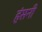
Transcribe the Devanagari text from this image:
हंसनी